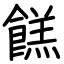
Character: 餻